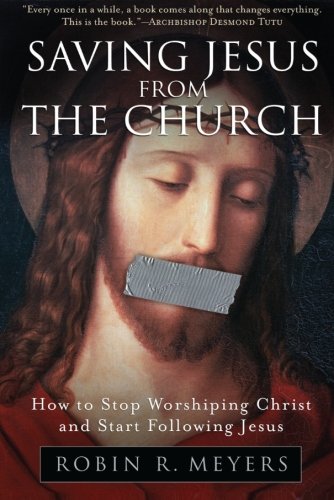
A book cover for Saving Jesus from the Church: How to Stop Worshiping Christ and Start Following Jesus; Robin R. Meyers; Christian Books & Bibles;